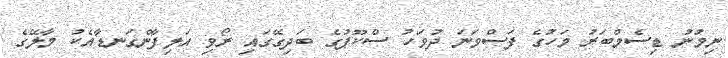
ނިމުނު ޑިސެމްބަރު މަހުގެ ފަސްވަނަ ދުވަހު ސްކޫޕުގެ ބަދިގޭގައި ރޯވި އަލިފާންގަނޑާއެކު މާލޭގެ